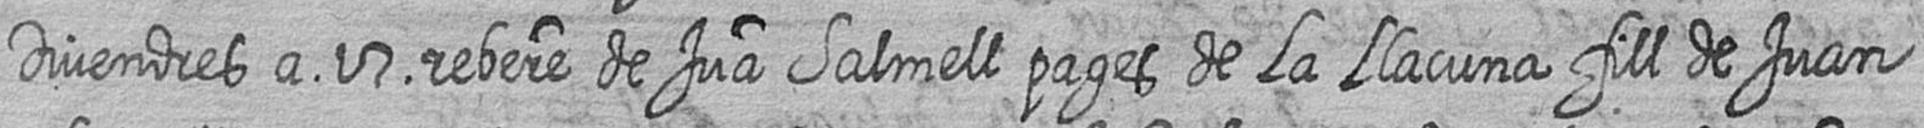
Divendres a 17 rebere de Jua Salmell pages de La Llacuna fill de Juan